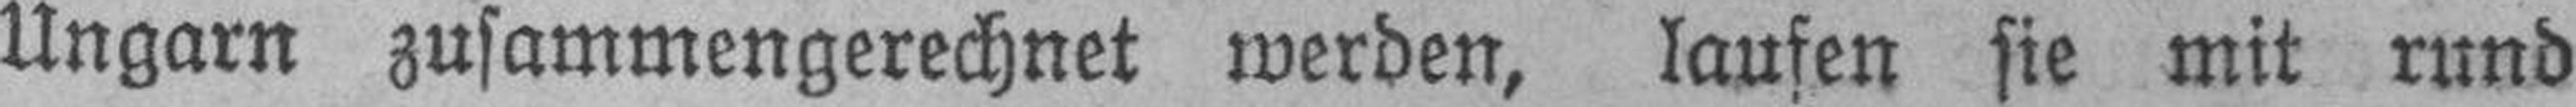
Ungarn zusammengerechnet werden, laufen sie mit rund